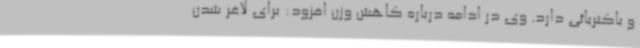
و باکتریائی دارد. وی در ادامه درباره کاهش وزن افزود: برای لاغر شدن